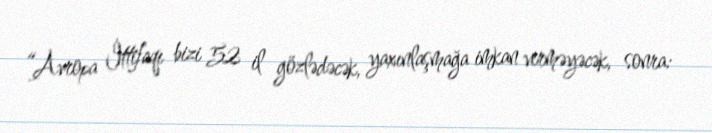
“Avropa İttifaqı bizi 52 il gözlədəcək, yaxınlaşmağa imkan verməyəcək, sonra: